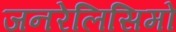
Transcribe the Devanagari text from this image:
जनरेलिसिमो